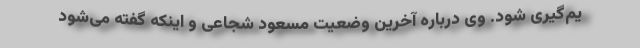
یم‌گیری شود. وی درباره آخرین وضعیت مسعود شجاعی و اینکه گفته می‌شود